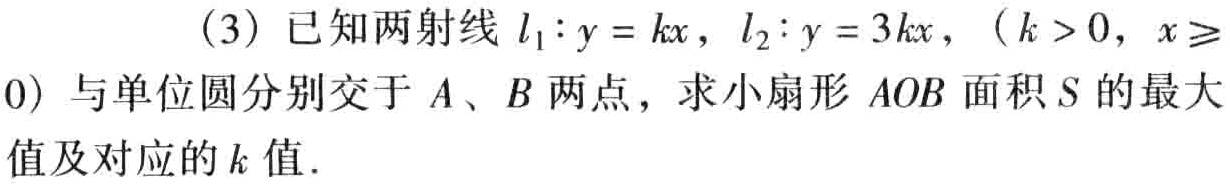
(3) 已知两射线 \(l_{1}:y = kx\)，\(l_{2}:y = 3kx\)，（\(k > 0\)，\(x\geqslant0\)）与单位圆分别交于 \(A\)、\(B\) 两点，求小扇形 \(AOB\) 面积 \(S\) 的最大值及对应的 \(k\) 值.